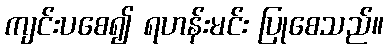
ကျင်းပစေ၍ ရဟန်းမင်း ပြုစေသည်။